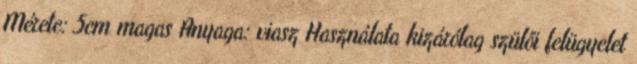
Mérete: 5cm magas Anyaga: viasz Használata kizárólag szülői felügyelet